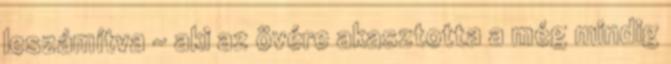
leszámítva – aki az övére akasztotta a még mindig